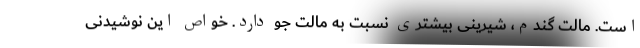
است. مالت گندم، شیرینی بیشتری نسبت به مالت جو دارد. خواص این نوشیدنی